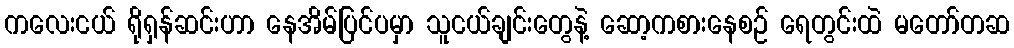
ကလေးငယ် ရိုရှန်ဆင်းဟာ နေအိမ်ပြင်ပမှာ သူငယ်ချင်းတွေနဲ့ ဆော့ကစားနေစဉ် ရေတွင်းထဲ မတော်တဆ